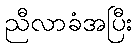
ညီလာခံအပြီး